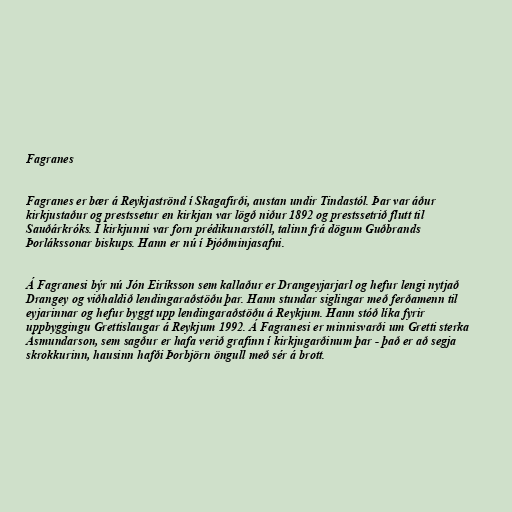
Fagranes

Fagranes er bær á Reykjaströnd í Skagafirði, austan undir Tindastól. Þar var áður
kirkjustaður og prestssetur en kirkjan var lögð niður 1892 og prestssetrið flutt til
Sauðárkróks. Í kirkjunni var forn prédikunarstóll, talinn frá dögum Guðbrands
Þorlákssonar biskups. Hann er nú í Þjóðminjasafni.

Á Fagranesi býr nú Jón Eiríksson sem kallaður er Drangeyjarjarl og hefur lengi nytjað
Drangey og viðhaldið lendingaraðstöðu þar. Hann stundar siglingar með ferðamenn til
eyjarinnar og hefur byggt upp lendingaraðstöðu á Reykjum. Hann stóð líka fyrir
uppbyggingu Grettislaugar á Reykjum 1992. Á Fagranesi er minnisvarði um Gretti sterka
Ásmundarson, sem sagður er hafa verið grafinn í kirkjugarðinum þar - það er að segja
skrokkurinn, hausinn hafði Þorbjörn öngull með sér á brott.